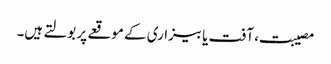
مصیبت، آفت یا بیزاری کے موقعے پر بولتے ہیں۔